Malarial fevers
Disease focus: Malaria
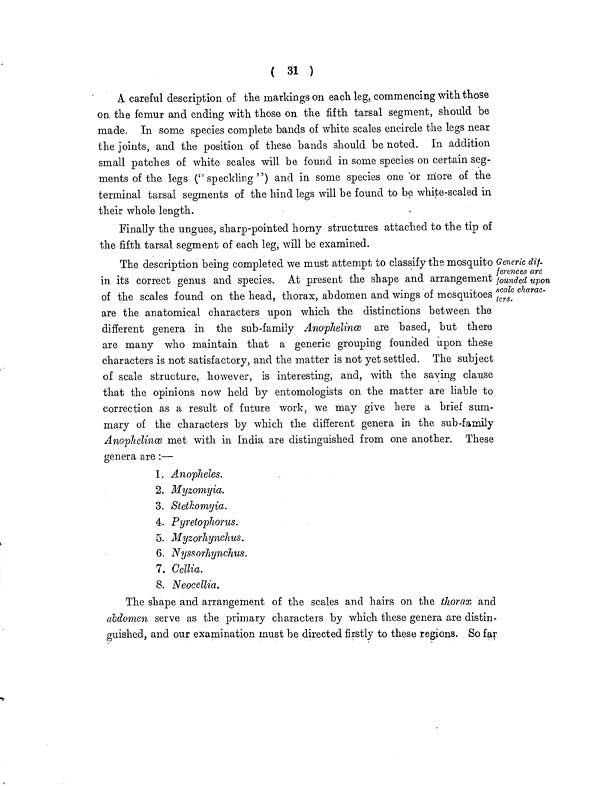
( 31 )
A. careful description of the markings on each leg, commencing with those
on the femur and ending with those on the fifth tarsal segment, should be
made. In some species complete bands of white scales encircle the legs near
the joints, and the position of these bands should be noted. In addition
small patches of white scales will be found in some species on certain seg-
ments of the legs (''speckling") and in some species one or more of the
terminal tarsal segments of the hind legs will be found to be white-scaled in
their whole length.
Finally the ungues, sharp-pointed horny structures attached to the tip of
the fifth tarsal segment of each leg, will be examined.
Generic dif-
ferences arc
founded upon
scale charac-
ters.
The description being completed we must attempt to classify the mosquito
in its correct genus and species. At present the shape and arrangement
of the scales found on the head, thorax, abdomen and wings of mosquitoes
are the anatomical characters upon which the distinctions between the
different genera in the sub-family Anophelinæ are based, but there
are many who maintain that a generic grouping founcled upon these
characters is not satisfactory, and the matter is not yet settled. The subject
of scale structure, however, is interesting, and, with the saying clause
that the opinions now held by entomologists on the matter are liable to
correction as a result of future work, we may give here a brief sum-
mary of the characters by which the different genera in the sub-family
Anophelinæ met with in India are distinguished from one another. These
genera are :—
1. Anopheles.
2. Myzomyia.
3. Stetliomyia.
4. Pyretophorus.
5. Myzorhynchus.
6. Nyssorhynchus.
7. Cellia.
8. Ncocellia.
The shape and arrangement of the scales and hairs on the thorax and
abdomen serve as the primary characters by which these genera are distin-
guished, and our examination must be directed firstly to these regions. So far